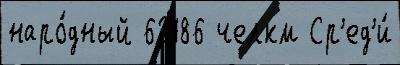
наро́дный 63186 челкм Ср'ед'и́